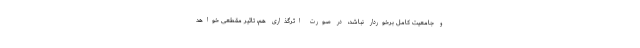
و جامعیت کامل برخوردار نباشد، در صورت اثرگذاری هم، تاثیر مقطعی خواهد